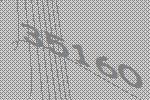
35160